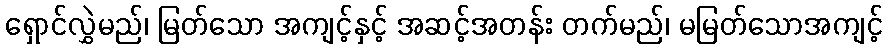
ရှောင်လွှဲမည်၊ မြတ်သော အကျင့်နှင့် အဆင့်အတန်း တက်မည်၊ မမြတ်သောအကျင့်